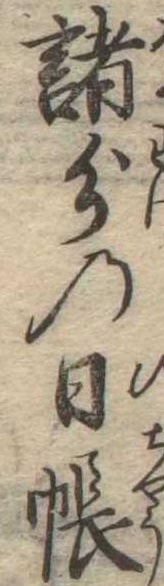
諸分の日帳